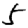
Digit: 5